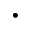
\cdot